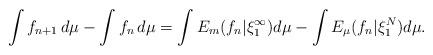
LaTeX: \begin{align*}\int f_{n+1}\,d\mu -\int f_n\, d\mu = \int E_{ m}(f_n|\xi_1^{\infty})d\mu- \int E_\mu(f_n|\xi_1^N) d\mu.\end{align*}